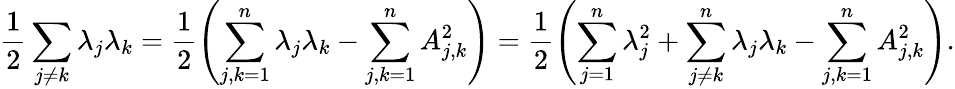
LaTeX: \frac{1}{2}\sum_{j\neq k}\lambda_{j}\lambda_{k}=\frac{1}{2}\left(\sum_{j,k=1}^{n}\lambda_{j}\lambda_{k}-\sum_{j,k=1}^{n}A_{j,k}^{2}\right)=\frac{1}{2}\left(\sum_{j=1}^{n}\lambda_{j}^{2}+\sum_{j\neq k}^{n}\lambda_{j}\lambda_{k}-\sum_{j,k=1}^{n}A_{j,k}^{2}\right).